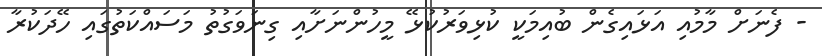
- ފެނަށް މާމުއި އަޅައިގެން ބުއިމަކީ ކުޅިވަރުކުޅޭ މީހުންނަށާއި ގިނަވަގުތު މަސައްކަތުގައި ހޭދަކުރާ